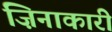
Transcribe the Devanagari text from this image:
ज़िनाकारी